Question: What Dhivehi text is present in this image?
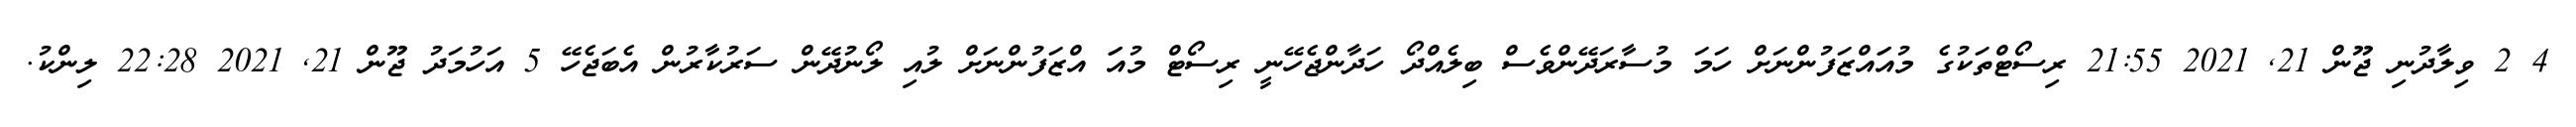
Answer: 4 2 ވިލާދުނި ޖޫން 21, 2021 21:55 ރިސޯޓްތަކުގެ މުއަައްޒަފުންނަށް ހަމަ މުސާރަދޭންވެސް ބިލެއްދޯ ހަދާންޖެހޭނީ ރިސޯޓް މުއަަ އްޒަފުންނަށް ލުއި ލޯނުދޭން ސަރުކާރުން އެބަޖެހޭ 5 އަހުމަދު ޖޫން 21, 2021 22:28 ލިންކު.